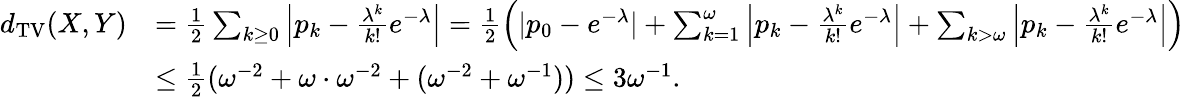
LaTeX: \begin{array}{rl}{d_{\mathrm{TV}}(X,Y)}&{=\frac{1}{2}\sum_{k\geq 0}\left|p_{k}-\frac{\lambda^{k}}{k!}e^{-\lambda}\right|=\frac{1}{2}\left(|p_{0}-e^{-\lambda}|+\sum_{k=1}^{\omega}\left|p_{k}-\frac{\lambda^{k}}{k!}e^{-\lambda}\right|+\sum_{k>\omega}\left|p_{k}-\frac{\lambda^{k}}{k!}e^{-\lambda}\right|\right)}\\ &{\leq\frac{1}{2}(\omega^{-2}+\omega\cdot\omega^{-2}+(\omega^{-2}+\omega^{-1}))\leq 3\omega^{-1}.}\end{array}